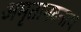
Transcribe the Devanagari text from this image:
अमृतानदनाथ